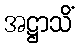
အဋ္ဌာသိံ